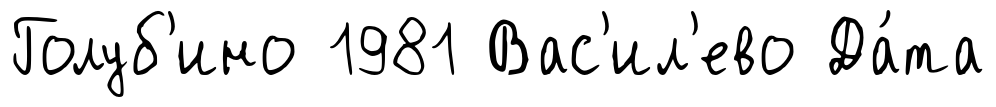
Голуб'ино 1981 Вас'ил'ево Да́та